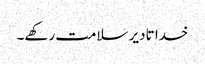
خدا تادیر سلامت رکھے۔